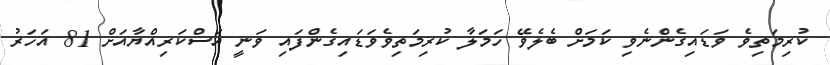
ކުރިމަތިވެ ވަޑައިގެންނެވި ކަމަށް ބެލެވޭ ހަމަލާ ކުރިމަތިވެވަޑައިގެންފައި ވަނީ އަސްކަރިއްޔާއަށް 81 އަހަރު